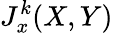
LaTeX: J_{x}^{k}(X,Y)